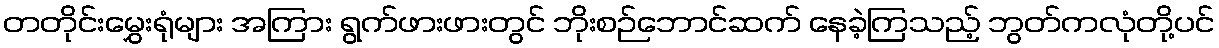
တတိုင်းမွှေးရုံများ အကြား ရွက်ဖားဖားတွင် ဘိုးစဉ်ဘောင်ဆက် နေခဲ့ကြသည့် ဘွတ်ကလုံတို့ပင်